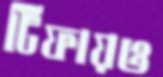
টিফায়ও